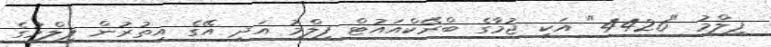
ފިލްމު "4426" އަކީ ޖުމާގެ ބްރޭކްއައުޓް ފިލްމު އަދި އޭގެ އިތުރުން ފިލްމުގެ